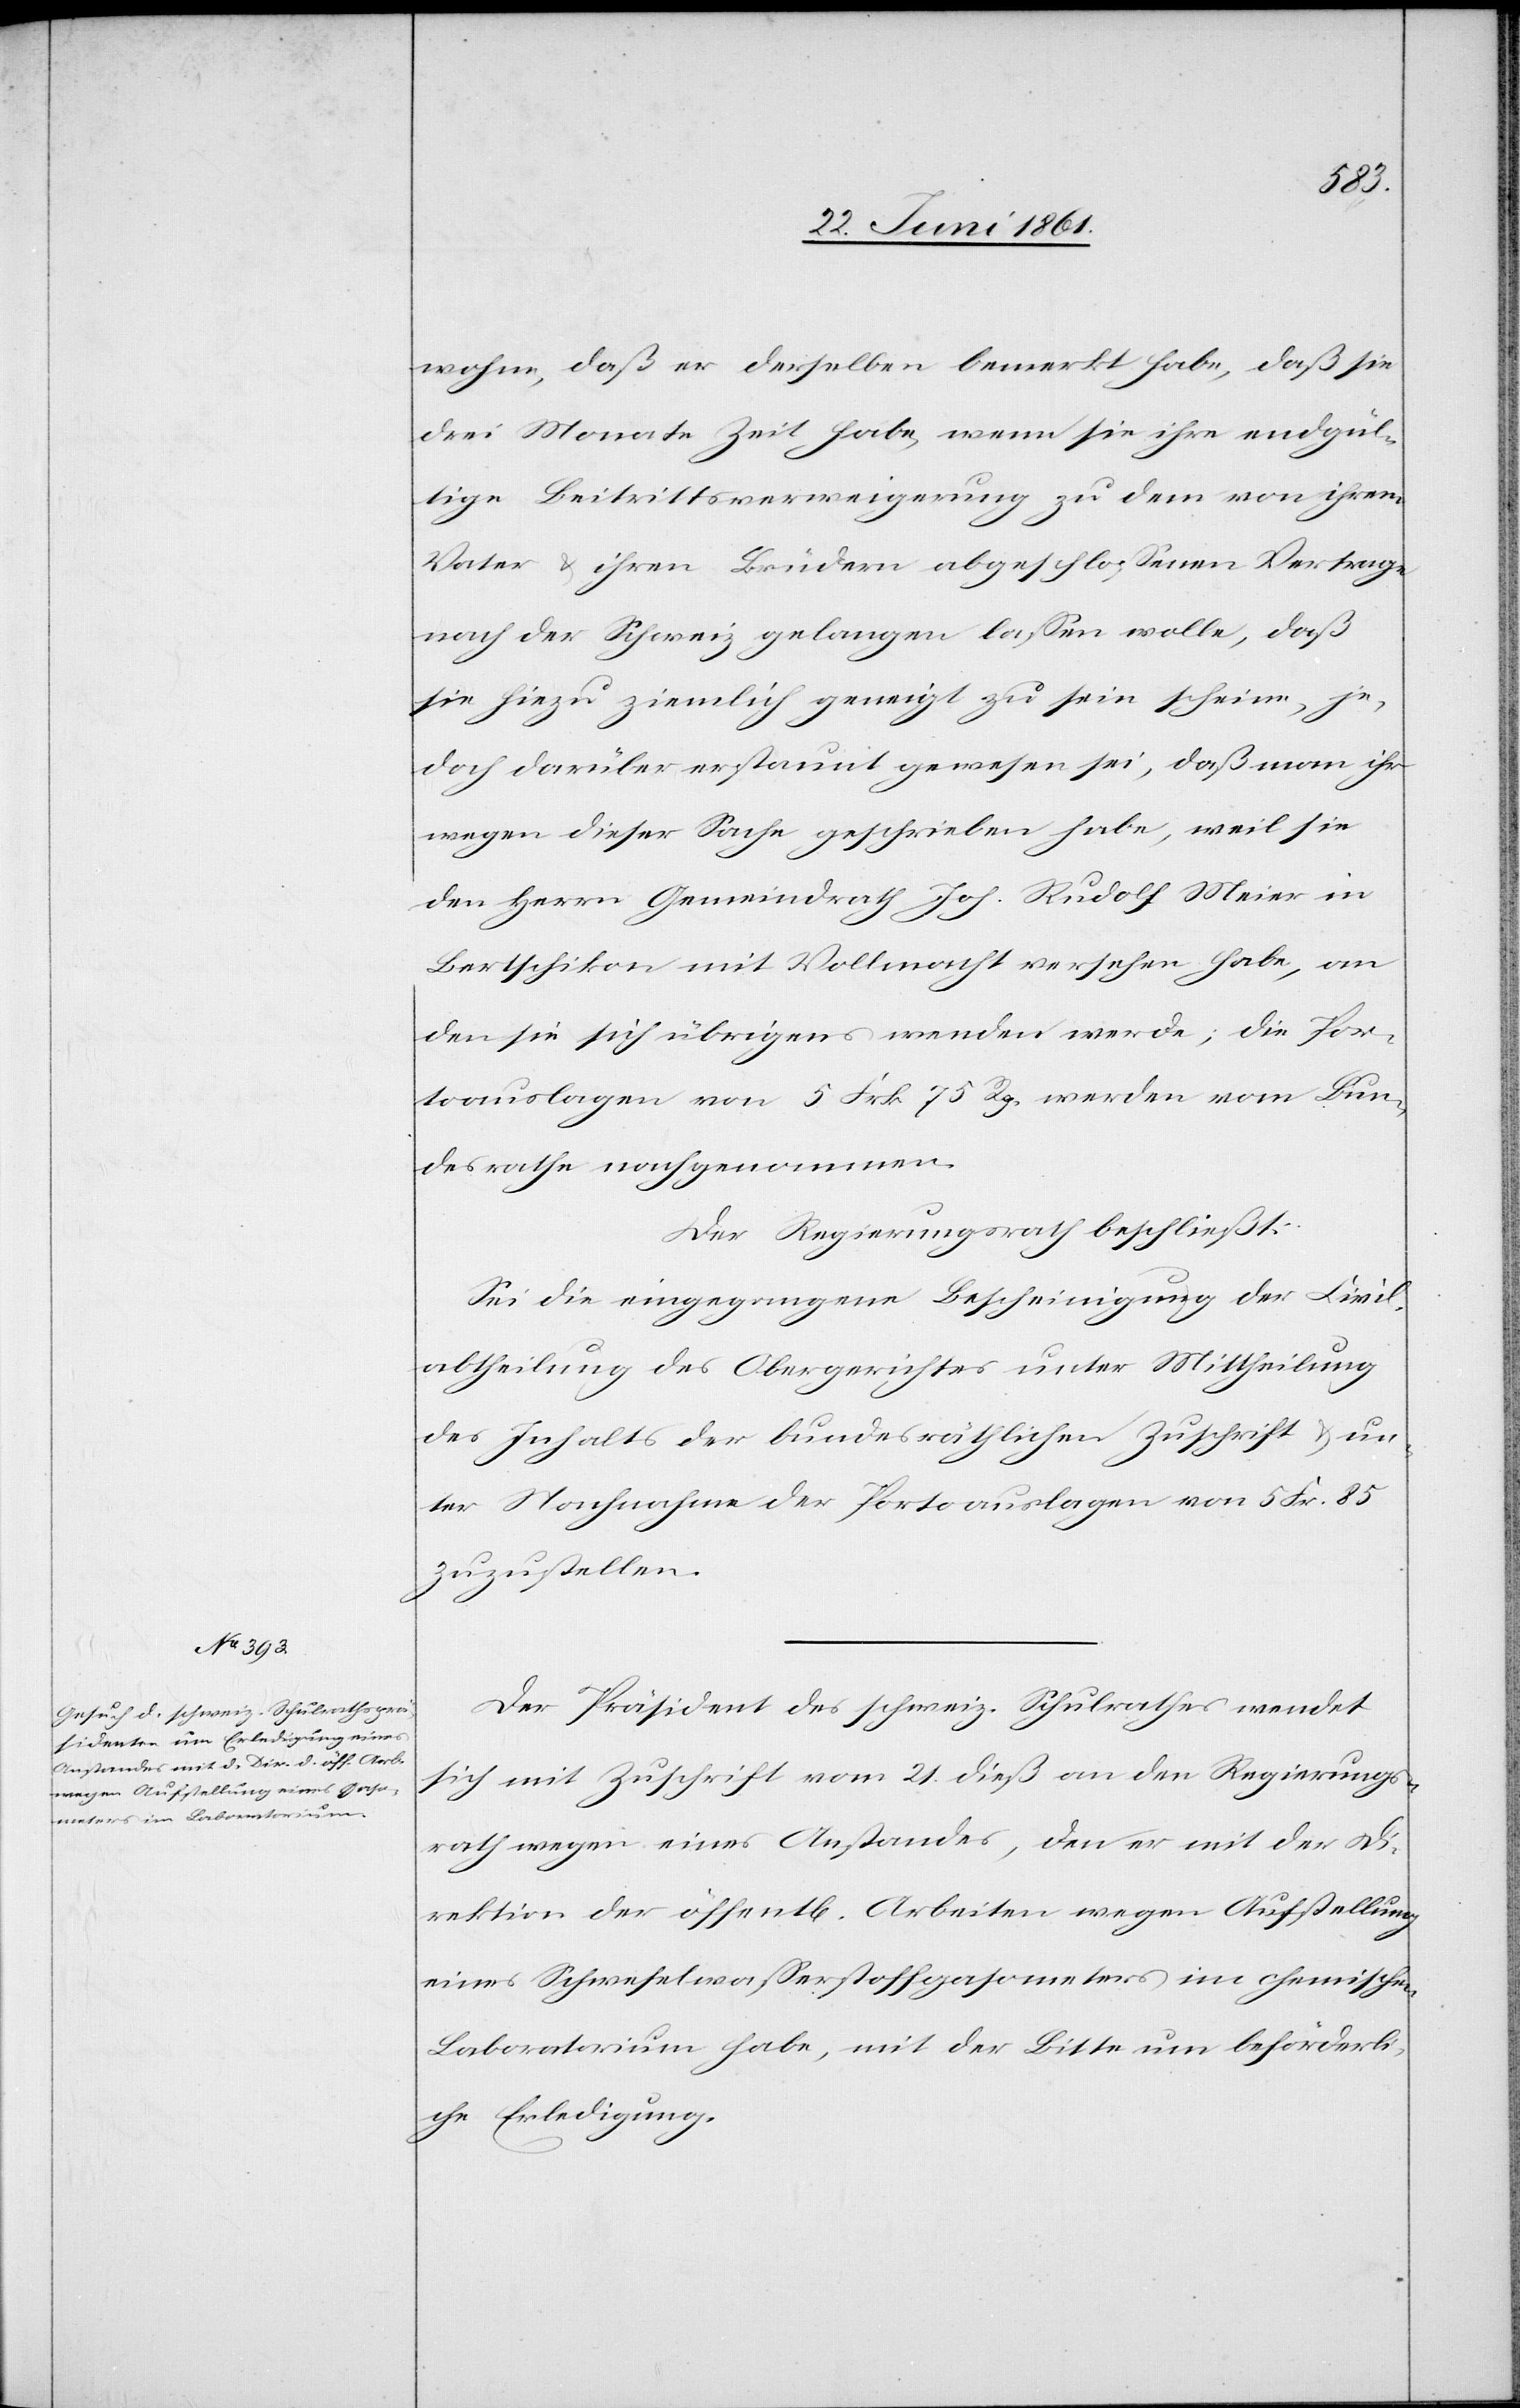
wohne, daß er derselben bemerkt habe, daß sie
drei Monate Zeit habe, wenn sie ihre endgül¬
tige Beitrittsverweigerung zu dem von ihrem
Vater u. ihren Brüdern abgeschlossenen Vertrage
nach der Schweiz gelangen lassen wolle, daß
sie hiezu ziemlich geneigt zu sein scheine, je¬
doch darüber erstaunt gewesen sei, daß man ihr
wegen dieser Sache geschrieben habe, weil sie
den Herrn Gemeindrath Joh. Rudolf Meier in
Bertschikon mit Vollmacht versehen habe, an
den sie sich übrigens wenden werde; die Por¬
toauslagen von 5 Frk. 75 Rp. werden vom Bun¬
desrathe nachgenommen.
Der Regierungsrath beschließt:
Sei die eingegangene Bescheinigung der Civil¬
abtheilung des Obergerichtes unter Mittheilung
des Inhalts der bundesräthlichen Zuschrift u. un¬
ter Nachnahme der Portoauslagen von 5 Fr. 85
zuzustellen.
Der Präsident des schweiz. Schulrathes wendet
sich mit Zuschrift vom 21. dieß an den Regierungs¬
rath wegen eines Anstandes, den er mit der Di¬
rektion der öffent[lichen] Arbeiten wegen Aufstellung
eines Schwefelwasserstoffgasometers im chemischen
Laboratorium habe, mit der Bitte um beförderli¬
che Erledigung.